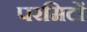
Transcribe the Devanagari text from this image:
परमिटों